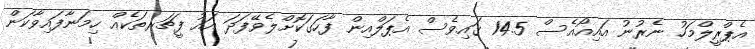
އެޕްރީލްމަހު ނެރުނު އައިއޯއެސް 14.5 ގައިވެސް އެޕަލްއިން ފާހަގަކޮށްލެވޭފަދަ އައު ފީޗަރތަކެއް ހިމަނާފައިވާކަން